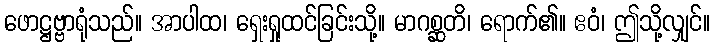
ဖောဋ္ဌဗ္ဗာရုံသည်။ အာပါထ၊ ရှေးရှုထင်ခြင်းသို့။ မာဂစ္ဆတိ၊ ရောက်၏။ ဧဝံ၊ ဤသို့လျှင်။